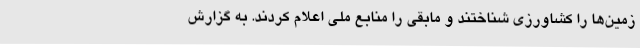
زمین‌ها را کشاورزی شناختند و مابقی را منابع ملی اعلام کردند. به گزارش